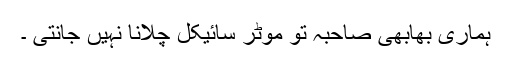
ہماری بھابھی صاحبہ تو موٹر سائیکل چلانا نہیں جانتی ۔